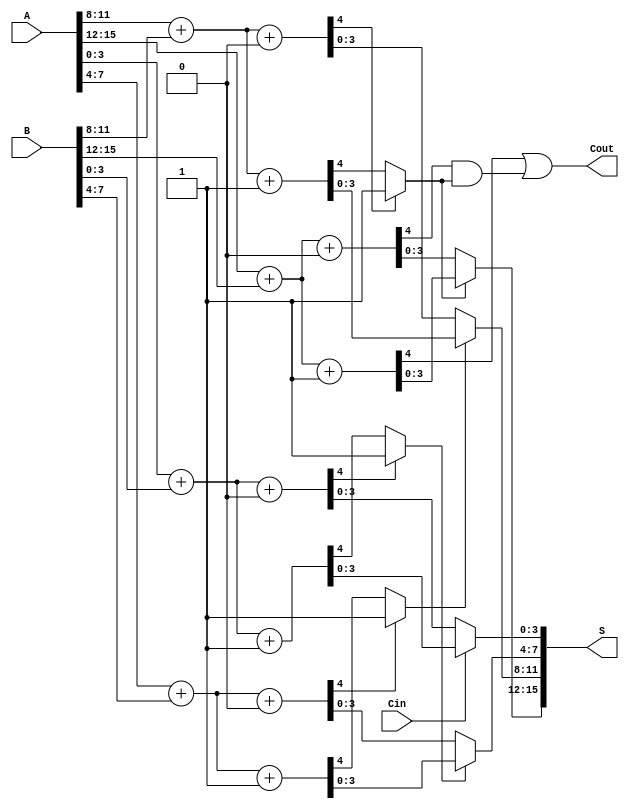
module ConditionalCarrySelectAdder #(parameter n = 16, parameter k = 4) (
    input [(n-1):0] A,
    input [(n-1):0] B,
    input Cin,
    output [(n-1):0] S,
    output Cout
);
    // Number of blocks
    localparam NUM_BLOCKS = n / k;
    
    // Internal signals
    wire [(k-1):0] S0 [0:NUM_BLOCKS-1]; // Sums for Cin = 0
    wire [(k-1):0] S1 [0:NUM_BLOCKS-1]; // Sums for Cin = 1
    wire C0 [0:NUM_BLOCKS-1];            // Carries for Cin = 0
    wire C1 [0:NUM_BLOCKS-1];            // Carries for Cin = 1
    wire [NUM_BLOCKS-1:0] carry;         // Carry propagation

    genvar i;

    // Block-wise carry select logic
    generate
        for (i = 0; i < NUM_BLOCKS; i = i + 1) begin : block
            // Indices for A and B
            wire [k-1:0] A_block = A[i*k +: k];
            wire [k-1:0] B_block = B[i*k +: k];

            // Compute S and C for both cases
            assign {C0[i], S0[i]} = A_block + B_block + 1'b0;  // Cin = 0
            assign {C1[i], S1[i]} = A_block + B_block + 1'b1;  // Cin = 1

            // Propagate carry for the next block
            if(i == 0) begin
                assign carry[i] = Cin;
            end else begin
                assign carry[i] = C0[i-1] ? 1'b1 : C1[i-1];
            end
        end
    endgenerate

    // Final output generation with multiplexers
    generate
        for (i = 0; i < NUM_BLOCKS; i = i + 1) begin : mux
            assign S[i*k +: k] = carry[i] ? S1[i] : S0[i];
        end
    endgenerate

    // Final carry out
    assign Cout = C1[NUM_BLOCKS-1] || (C0[NUM_BLOCKS-1] && carry[NUM_BLOCKS-1]);

endmodule